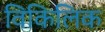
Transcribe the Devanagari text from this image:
विकिलिक